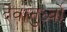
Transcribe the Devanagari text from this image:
देवानुर्ध्वो